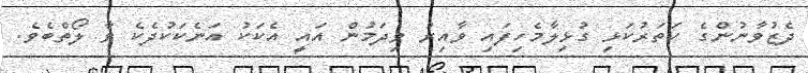
ދެޒުވާނުންގެ ހަތަރުކަޅި ގުޅިލާމެހިފައި ވާއިރު ވިދަމުން އައީ އެކަކު އަނެކަކުދެކެ ވާ ލޯތްބެވެ.